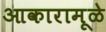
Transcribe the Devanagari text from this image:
आकारामूळे